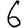
Digit: 6